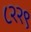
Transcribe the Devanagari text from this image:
८२२९